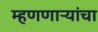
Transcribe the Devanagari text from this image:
म्हणणाऱ्यांचा